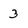
Character: 3